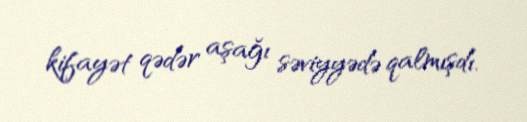
kifayət qədər aşağı səviyyədə qalmışdı.